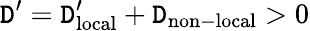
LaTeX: \mathtt{D}^{\prime}=\mathtt{D}_{\mathrm{{local}}}^{\prime}+\mathtt{D}_{\mathrm{{non-local}}}>0